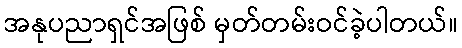
အနုပညာရှင်အဖြစ် မှတ်တမ်းဝင်ခဲ့ပါတယ်။